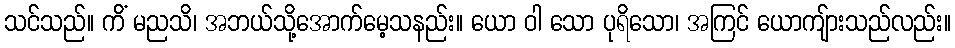
သင်သည်။ ကိံ မညသိ၊ အဘယ်သို့အောက်မေ့သနည်း။ ယော ဝါ သော ပုရိသော၊ အကြင် ယောကျ်ားသည်လည်း။